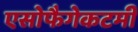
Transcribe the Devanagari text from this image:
एसोफैगेकटमी